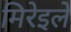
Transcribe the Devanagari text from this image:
मिरेइले